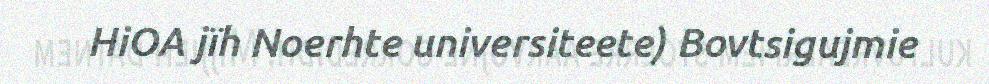
HiOA jïh Noerhte universiteete) Bovtsigujmie